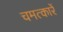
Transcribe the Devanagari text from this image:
चमत्कारें